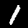
Label: 1